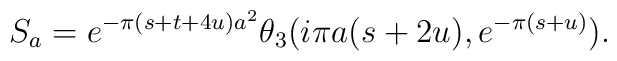
S_a =  e^{-\pi(s+t+4u)a^2}\theta_3(i\pi a(s+2u),e^{-\pi(s+u)}).